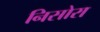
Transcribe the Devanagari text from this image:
निसोरा